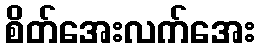
စိတ်အေးလက်အေး